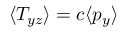
\langle T _ { y z } \rangle = c \langle p _ { y } \rangle